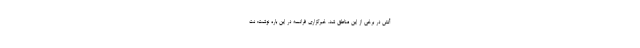
آتش در برخی از این مناطق شد. خبرگزاری فرانسه در این باره نوشت: نت